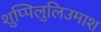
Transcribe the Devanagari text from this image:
शुप्पिलुलिउमाश